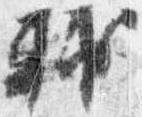
輔